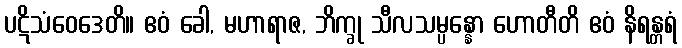
ပဋိသံဝေဒေတိ။ ဧဝံ ခေါ, မဟာရာဇ, ဘိက္ခု သီလသမ္ပန္နော ဟောတီတိ ဧဝံ နိရန္တရံ